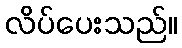
လိပ်ပေးသည်။